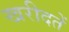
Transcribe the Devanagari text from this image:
खरीदतें